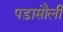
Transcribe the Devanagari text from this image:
पड़ासौली